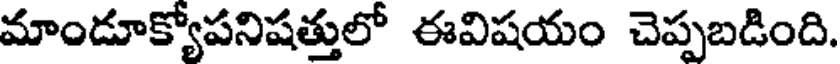
మాండూక్యోపనిషత్తులో ఈవిషయం చెప్పబడింది.